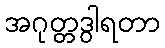
အဂုတ္တဒွါရတာ